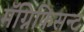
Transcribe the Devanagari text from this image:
मॅग्निफिसन्ट